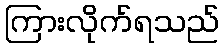
ကြားလိုက်ရသည်